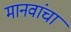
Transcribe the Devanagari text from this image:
मानवांचा